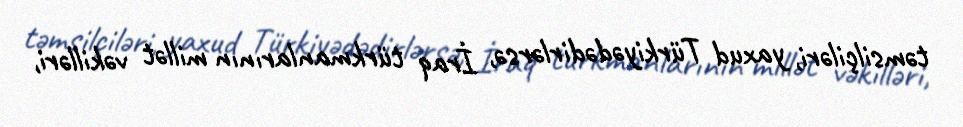
təmsilçiləri, yaxud Türkiyədədirlərsə, İraq türkmanlarının millət vəkilləri,